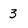
Character: 3